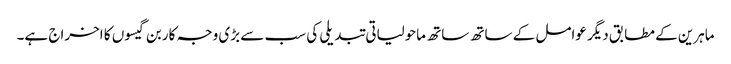
ماہرین کے مطابق دیگر عوامل کے ساتھ ساتھ ماحولیاتی تبدیلی کی سب سے بڑی وجہ کاربن گیسوں کا اخراج ہے۔